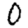
Digit: 0